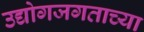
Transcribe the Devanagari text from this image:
उद्योगजगताच्या